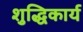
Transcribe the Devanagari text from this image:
शुद्धिकार्य